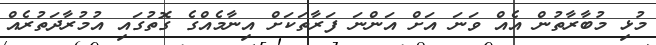
މުޅި މުބާރާތުން އެއް ވަނަ އަށް އަންނަ ފަރާތަކަށް އިނާމެއްގެ ގޮތުގައި އުމުރާދަތުރެއް